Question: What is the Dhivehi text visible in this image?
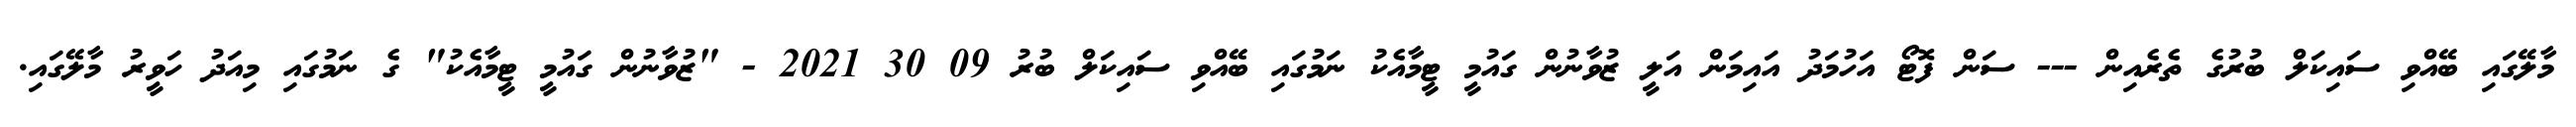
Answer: މާލޭގައި ބޭއްވި ސައިކަލް ބުރުގެ ތެރެއިން --- ސަން ފޮޓޯ އަހުމަދު އައިމަން އަލީ ޒުވާނުން ގައުމީ ޓީމާއެކު ނަމުގައި ބޭއްވި ސައިކަލް ބުރު 09 30 2021 - "ޒުވާނުން ގައުމީ ޓީމާއެކު" ގެ ނަމުގައި މިއަދު ހަވީރު މާލޭގައި.